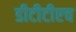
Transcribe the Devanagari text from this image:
डीटीटीएच